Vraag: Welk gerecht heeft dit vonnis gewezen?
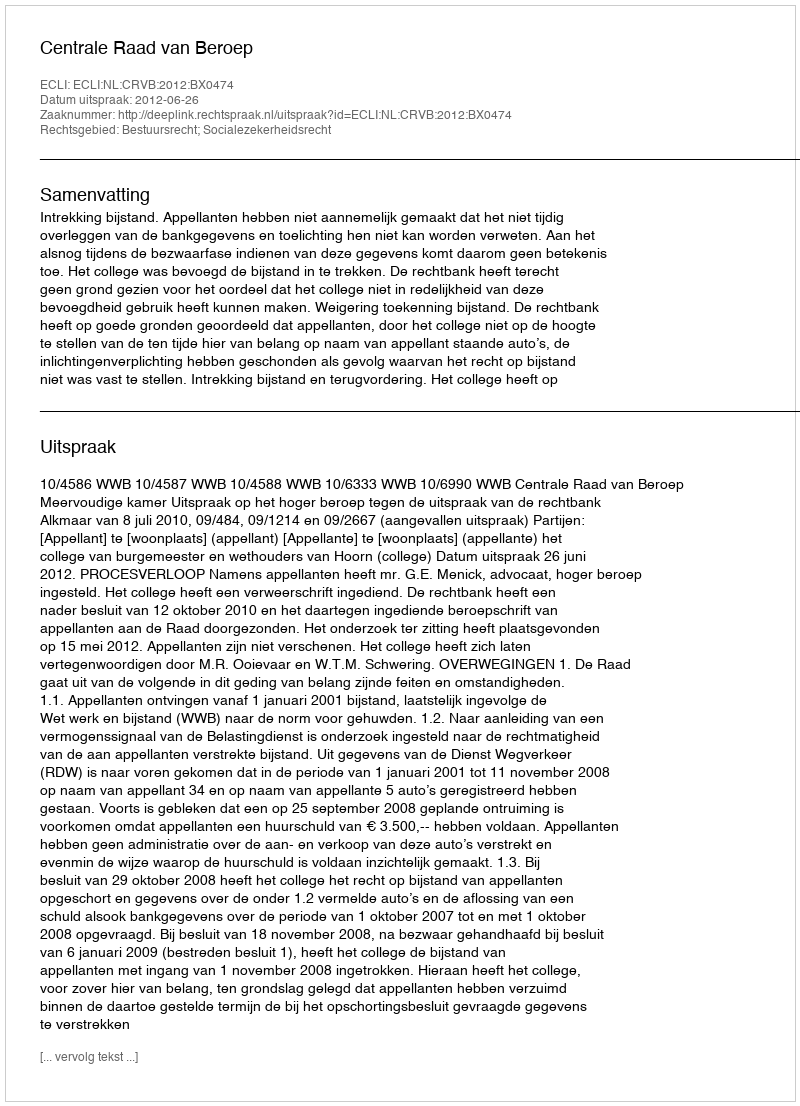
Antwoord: Centrale Raad van Beroep